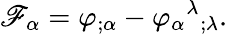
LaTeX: \mathscr{F}_{\alpha}=\varphi_{;\alpha}-\varphi_{\alpha}{}^{\lambda}{}_{;\lambda}.